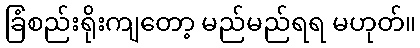
ခြံစည်းရိုးကျတော့ မည်မည်ရရ မဟုတ်။